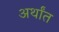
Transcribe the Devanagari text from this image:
अर्थांत